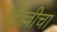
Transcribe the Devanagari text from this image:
किल्लीचा